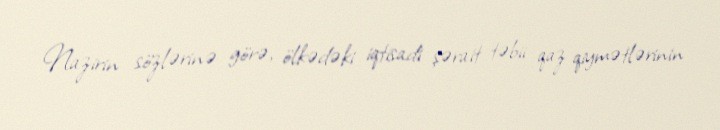
Nazirin sözlərinə görə, ölkədəki iqtisadi şərait təbii qaz qiymətlərinin